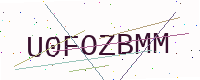
Text: U0FOZBMM